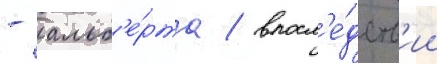
- альб'е́рта / впосл'е́дств'ии